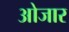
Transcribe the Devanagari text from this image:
ओजार